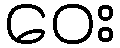
ဝေး